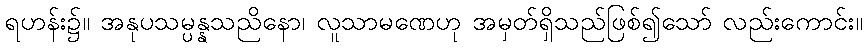
ရဟန်း၌။ အနုပသမ္ပန္နသညိနော၊ လူသာမဏေဟု အမှတ်ရှိသည်ဖြစ်၍သော် လည်းကောင်း။